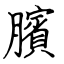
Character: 臏